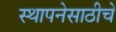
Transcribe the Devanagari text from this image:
स्थापनेसाठीचे